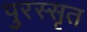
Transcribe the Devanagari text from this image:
पुरस्सृत